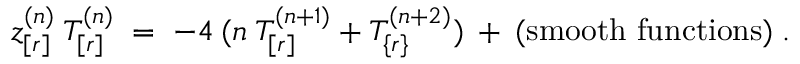
z _ { [ r ] } ^ { ( n ) } \: T _ { [ r ] } ^ { ( n ) } \; = \; - 4 \: ( n \: T _ { [ r ] } ^ { ( n + 1 ) } + T _ { \{ r \} } ^ { ( n + 2 ) } ) \: + \: { \mathrm { ( s m o o t h ~ f u n c t i o n s ) } } \; .